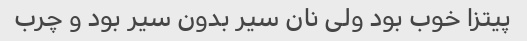
پیتزا خوب بود ولی نان سیر بدون سیر بود و چرب